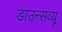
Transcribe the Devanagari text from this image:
डाउन्सव्यू